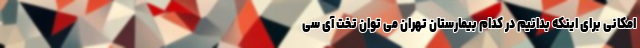
امکانی برای اینکه بدانیم در کدام بیمارستان تهران می توان تخت آی سی